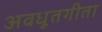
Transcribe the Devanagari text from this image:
अवधूतगीता